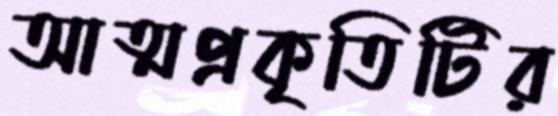
আত্মপ্রকৃতিটির